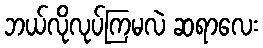
ဘယ်လိုလုပ်ကြမလဲ ဆရာလေး